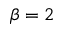
\beta = 2